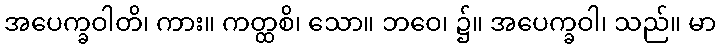
အပေက္ခဝါတိ၊ ကား။ ကတ္ထစိ၊ သော။ ဘဝေ၊ ၌။ အပေက္ခဝါ၊ သည်။ မာ